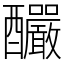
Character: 釅